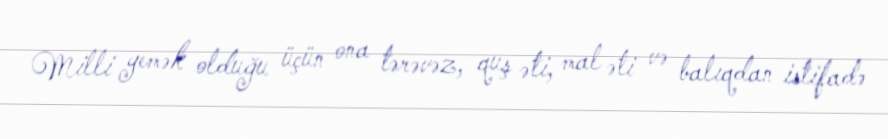
Milli yemək olduğu üçün ona tərəvəz, quş əti, mal əti və balıqdan istifadə